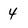
Character: 4